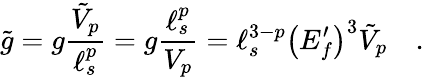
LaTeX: {\tilde{g}}=g{\frac{{\tilde{V}}_{p}}{\ell_{s}^{p}}}=g{\frac{\ell_{s}^{p}}{V_{p}}}=\ell_{s}^{3-p}\left(E_{f}^{\prime}\right)^{3}{\tilde{V}}_{p}\quad.